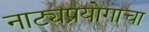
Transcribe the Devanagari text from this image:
नाट्यप्रयोगाचा